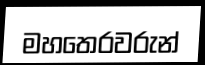
මහතෙරවරුන්